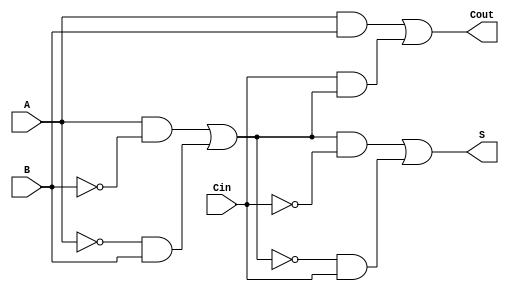
module TransmissionGateFullAdder (
    input A,      // First binary input
    input B,      // Second binary input
    input Cin,    // Carry input
    output S,     // Sum output
    output Cout   // Carry output
);

    // Internal wires for the intermediate signals
    wire AB_xor, A_B_xor, A_and_B, Cin_and_A_B;

    // XOR implementation using transmission gates
    // AB_xor = A  B
    assign AB_xor = (A & ~B) | (~A & B);

    // A_B_xor = AB_xor  Cin = (A  B)  Cin
    assign A_B_xor = (AB_xor & ~Cin) | (~AB_xor & Cin);

    // Sum output S = A  B  Cin
    assign S = A_B_xor;

    // Carry output Cout = (A  B) + (Cin  (A  B))
    assign A_and_B = A & B;                          // A  B
    assign Cin_and_A_B = Cin & AB_xor;               // Cin  (A  B)
    assign Cout = A_and_B | Cin_and_A_B;             // Cout = (A  B) + (Cin  (A  B))

endmodule